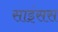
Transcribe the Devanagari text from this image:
साइंसस